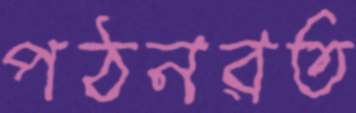
পঠনরত